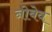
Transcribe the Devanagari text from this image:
नोबेव